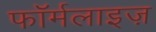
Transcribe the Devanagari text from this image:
फॉर्मलाइज़